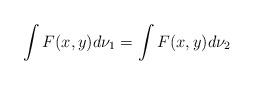
LaTeX: \begin{align*}\int F(x,y)d\nu_1=\int F(x,y)d\nu_2\end{align*}